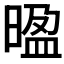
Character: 𭦻